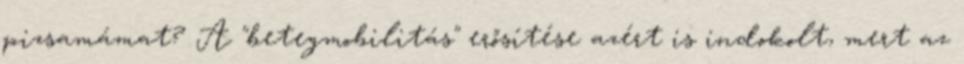
pizsamámat? A "betegmobilitás" erősítése azért is indokolt, mert az